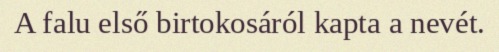
A falu első birtokosáról kapta a nevét.